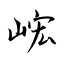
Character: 峵